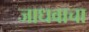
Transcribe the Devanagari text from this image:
जाधवाचा